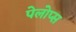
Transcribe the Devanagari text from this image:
पेलोप्स